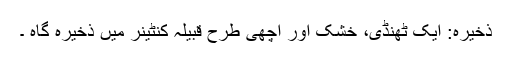
ذخیرہ: ایک ٹھنڈی، خشک اور اچھی طرح قبِیلہ کنٹینر میں ذخیرہ گاہ ۔